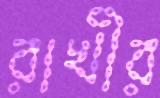
রাখীর